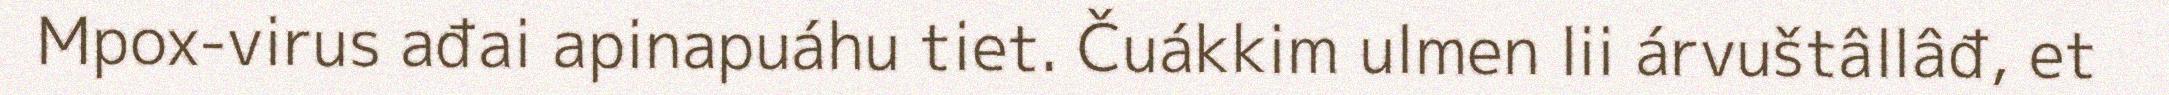
Mpox-virus ađai apinapuáhu tiet. Čuákkim ulmen lii árvuštâllâđ, et